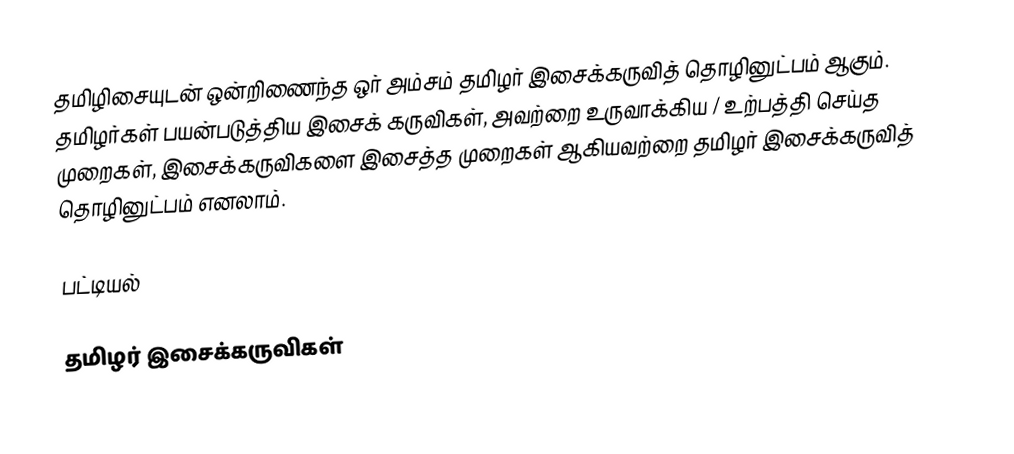
தமிழிசையுடன் ஒன்றிணைந்த ஒர் அம்சம் தமிழர் இசைக்கருவித் தொழினுட்பம் ஆகும்.  தமிழர்கள் பயன்படுத்திய இசைக் கருவிகள், அவற்றை உருவாக்கிய / உற்பத்தி செய்த முறைகள், இசைக்கருவிகளை இசைத்த முறைகள் ஆகியவற்றை தமிழர் இசைக்கருவித் தொழினுட்பம் எனலாம்.

பட்டியல்

தமிழர் இசைக்கருவிகள்